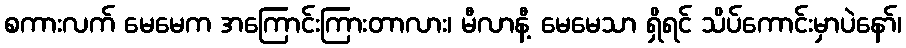
စကားလက် မေမေက အကြောင်းကြားတာလား၊ မီလာနီ့ မေမေသာ ရှိရင် သိပ်ကောင်းမှာပဲနော်၊